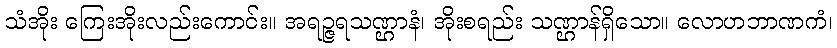
သံအိုး ကြေးအိုးလည်းကောင်း။ အရဉ္ဇရသဏ္ဌာနံ၊ အိုးစရည်း သဏ္ဌာန်ရှိသော။ လောဟဘာဏကံ၊